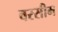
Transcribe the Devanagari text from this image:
वरसीम